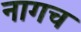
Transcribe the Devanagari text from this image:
नागच